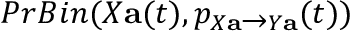
P r B i n ( X \mathbf { a } ( t ) , p _ { X \mathbf { a } \xrightarrow { } Y \mathbf { a } } ( t ) )